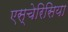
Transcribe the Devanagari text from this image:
एस्चेरिसिया